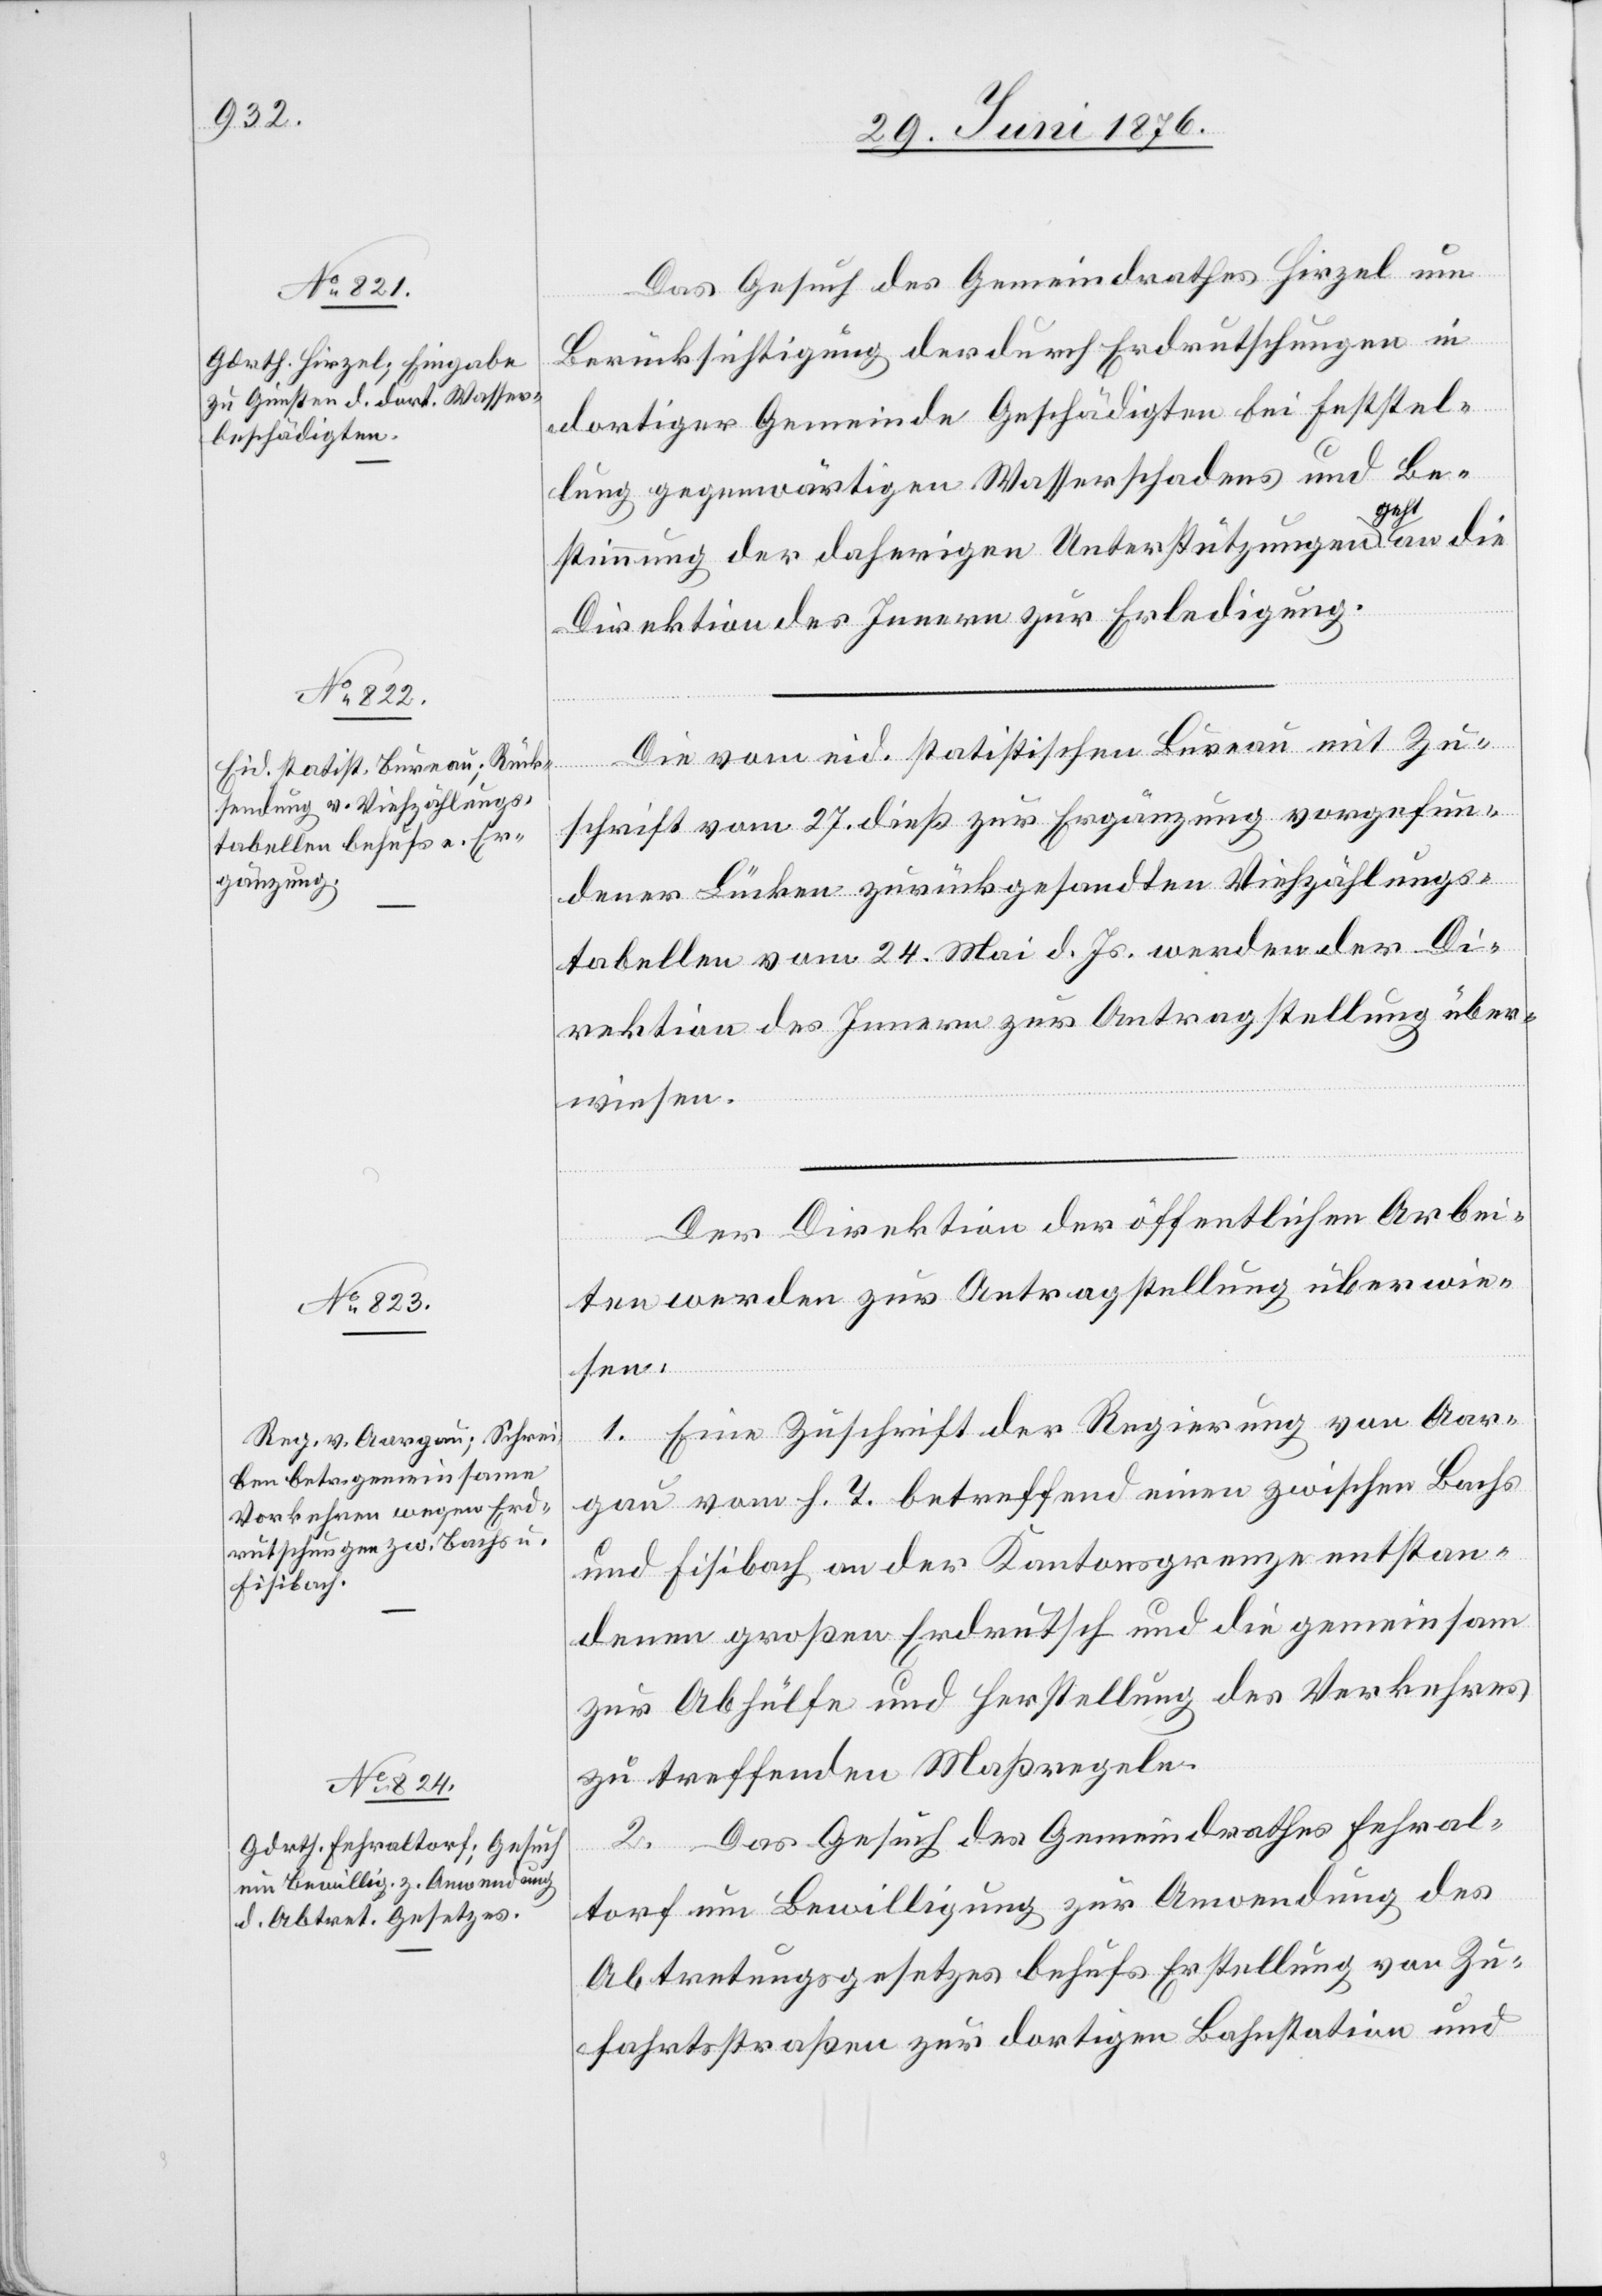
29. Juni 1876.]
Das Gesuch des Gemeindrathes Hirzel um
Berücksichtigung des durch Erdrutschungen in
dortiger Gemeinde Geschädigten bei Feststel¬
lung gegenwärtigen Wasserschadens und Be¬
stimmung der daherigen Unterstützungen geht an die
Direktion des Innern zur Erledigung.
Die vom eid. statistischen Bureau mit Zu¬
schrift vom 27. dieß zur Ergänzung vorgefun¬
dener Lücken zurückgesandten Viehzählungs¬
tabellen vom 24. Mai d. Js. werden der Di¬
rektion des Innern zur Antragstellung über¬
wiesen.
Der Direktion der öffentlichen Arbei¬
ten werden zur Antragstellung überwie¬
sen:
1. Eine Zuschrift der Regierung von Aar¬
gau vom h. T. betreffend einen zwischen Bachs
und Fisibach an der Kantonsgrenze entstan¬
denen großen Erdrutsch und die gemeinsam
zur Abhülfe und Herstellung des Verkehres
zu treffenden Maßregeln.
2. Das Gesuch des Gemeindrathes Fehral¬
torf um Bewilligung zur Anwendung des
Abtretungsgesetzes behufs Erstellung von Zu¬
fahrtsstraßen zur dortigen Bahnstation und